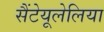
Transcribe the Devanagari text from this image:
सैंटेयूलेलिया